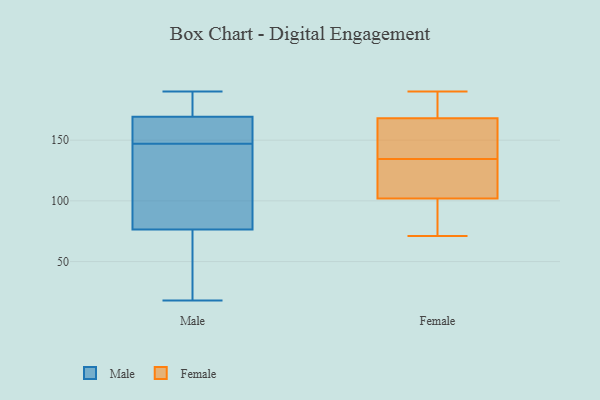
{"axis": {"x": "Market Share (%)", "y": "Value"}, "legend": ["Female", "Male"], "data": [{"x": "", "y": 147, "type": "Male"}, {"x": "", "y": 130, "type": "Male"}, {"x": "", "y": 158, "type": "Male"}, {"x": "", "y": 149, "type": "Male"}, {"x": "", "y": 190, "type": "Male"}, {"x": "", "y": 176, "type": "Male"}, {"x": "", "y": 109, "type": "Male"}, {"x": "", "y": 188, "type": "Male"}, {"x": "", "y": 23, "type": "Male"}, {"x": "", "y": 93, "type": "Male"}, {"x": "", "y": 167, "type": "Male"}, {"x": "", "y": 18, "type": "Male"}, {"x": "", "y": 27, "type": "Male"}, {"x": "", "y": 102, "type": "Female"}, {"x": "", "y": 168, "type": "Female"}, {"x": "", "y": 129, "type": "Female"}, {"x": "", "y": 90, "type": "Female"}, {"x": "", "y": 136, "type": "Female"}, {"x": "", "y": 190, "type": "Female"}, {"x": "", "y": 127, "type": "Female"}, {"x": "", "y": 72, "type": "Female"}, {"x": "", "y": 141, "type": "Female"}, {"x": "", "y": 133, "type": "Female"}, {"x": "", "y": 181, "type": "Female"}, {"x": "", "y": 95, "type": "Female"}, {"x": "", "y": 71, "type": "Female"}, {"x": "", "y": 133, "type": "Female"}, {"x": "", "y": 143, "type": "Female"}, {"x": "", "y": 174, "type": "Female"}, {"x": "", "y": 152, "type": "Female"}, {"x": "", "y": 176, "type": "Female"}]}